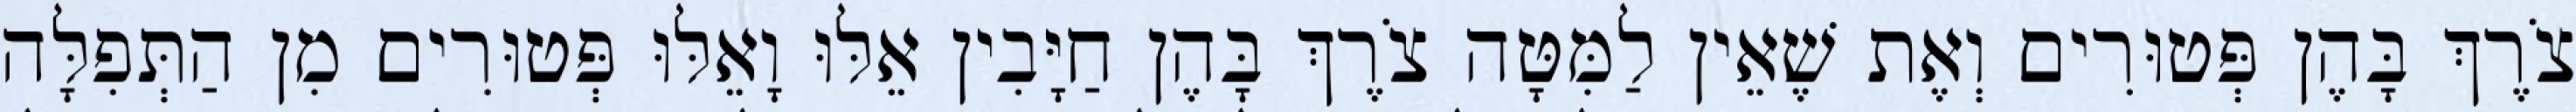
צֹרֶךְ בָּהֶן פְּטוּרִים וְאֶת שֶׁאֵין לַמִּטָּה צֹרֶךְ בָּהֶן חַיָּבִין אֵלּוּ וָאֵלּוּ פְּטוּרִים מִן הַתְּפִלָּה